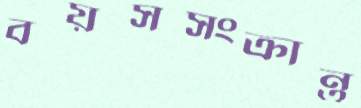
বয়সসংক্রান্ত